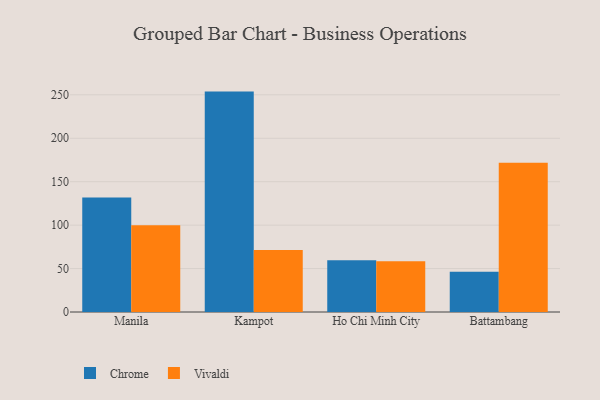
{"axis": {"x": "City", "y": "Revenue (USD Million)"}, "legend": ["Chrome", "Vivaldi"], "data": [{"x": "Manila", "y": 131.8, "type": "Chrome"}, {"x": "Manila", "y": 100.0, "type": "Vivaldi"}, {"x": "Kampot", "y": 253.7, "type": "Chrome"}, {"x": "Kampot", "y": 71.3, "type": "Vivaldi"}, {"x": "Ho Chi Minh City", "y": 59.5, "type": "Chrome"}, {"x": "Ho Chi Minh City", "y": 58.5, "type": "Vivaldi"}, {"x": "Battambang", "y": 46.4, "type": "Chrome"}, {"x": "Battambang", "y": 171.8, "type": "Vivaldi"}]}